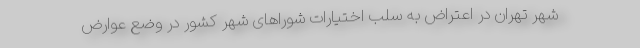
شهر تهران در اعتراض به سلب اختیارات شوراهای شهر کشور در وضع عوارض